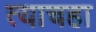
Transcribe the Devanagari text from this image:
त्याचहा